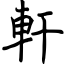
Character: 軒